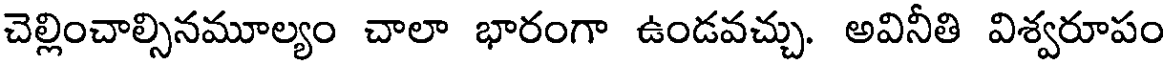
చెల్లించాల్సినమూల్యం చాలా భారంగా ఉండవచ్చు. అవినీతి విశ్వరూపం